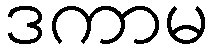
ဒကာမ